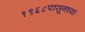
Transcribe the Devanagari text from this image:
१९६८पासूनच्या